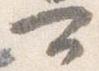
可